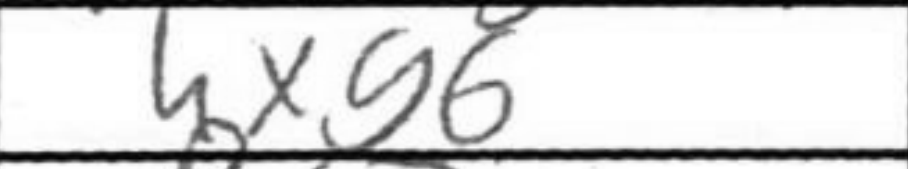
Transcription: hxg6